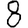
Digit: 8